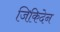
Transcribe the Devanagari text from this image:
जिकिदेन